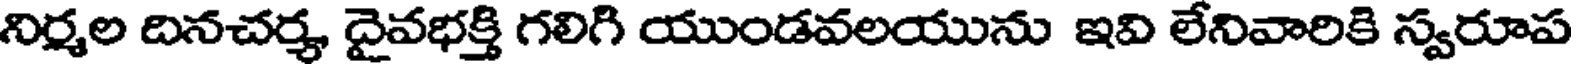
నిర్మల దినచర్య దైవభక్తి గలిగి యుండవలయును ఇవి లేనివారికి స్వరూప